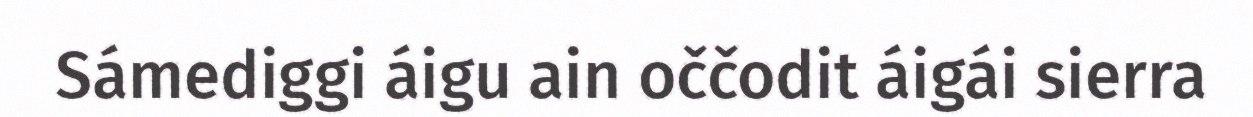
Sámediggi áigu ain oččodit áigái sierra